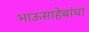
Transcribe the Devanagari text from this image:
भाऊसाहेबांचा